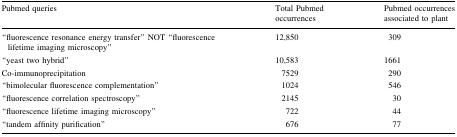
| Pubmed queries | Total Pubmed occurrences | Pubmed occurrences associated to plant |
 | --- | --- | --- |
 | “fluorescence resonance energy transfer” NOT “fluorescence lifetime imaging microscopy” | 12,850 | 309 |
 | “yeast two hybrid” | 10,583 | 1661 |
 | Co-immunoprecipitation | 7529 | 290 |
 | “bimolecular fluorescence complementation” | 1024 | 546 |
 | “fluorescence correlation spectroscopy” | 2145 | 30 |
 | “fluorescence lifetime imaging microscopy” | 722 | 44 |
 | “tandem affinity purification” | 676 | 77 |